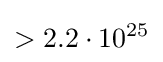
>2.2\cdot 10^{25}